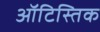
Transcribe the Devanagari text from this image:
ऑटिस्तिक